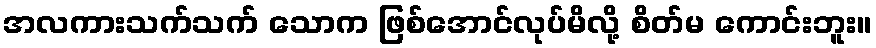
အလကားသက်သက် သောက ဖြစ်အောင်လုပ်မိလို့ စိတ်မ ကောင်းဘူး။